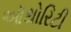
ઑથોરિટી